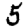
Digit: 5